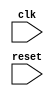
module synchronous_logic_block (
    input wire clk,
    input wire reset,
    // Add other input/output ports here
    
);

// Declare any variables or signals here

always @ (posedge clk, negedge clk) begin
    if (!reset) begin
        // Reset logic here
    end else begin
        // Synchronous logic here
    end
end

// Include other logic or modules here

endmodule